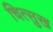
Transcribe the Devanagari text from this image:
चित्सुख